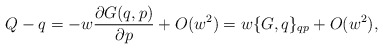
\begin{align*}Q-q=-w {\partial G(q,p) \over \partial p }+O(w^2)=w\{G,q\}_{qp}+O(w^2) ,\end{align*}